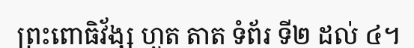
ព្រះពោធិវ័ង្ស ហួត តាត ទំព័រ ទី២ ដល់ ៤។